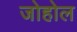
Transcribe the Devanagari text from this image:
जोहोल